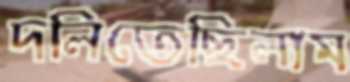
দলিতেছিলাম